Leaving Certificate Examination (including Day School Certificate (Higher) General paper), 1927
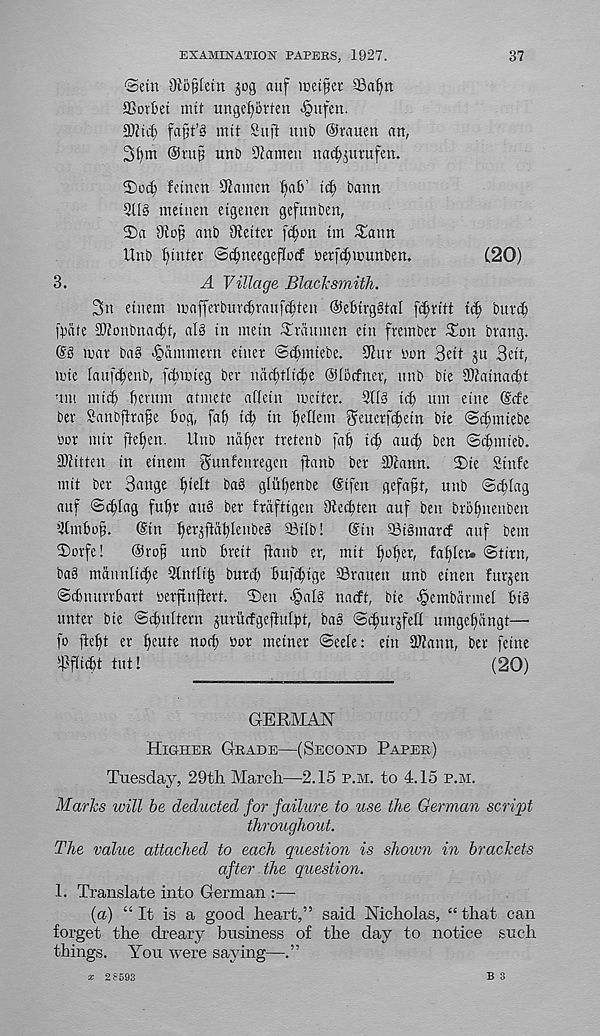
EXAMINATION PAPERS, 1927.
37
©etn OWjjtetn 309 auf icetfer
SSorBet nut ungcf)brten -§ufen.
SRtct; fa§t’3 mtt Suft mti) ©rnuen an,
©tup unb Seamen nad^utufen.
2Do(^ feincn Sftamcn
t(^ bann
511 § metnen etgenen gcfunben,
2)a
anb Oteiter fcfjon tm ^ann
Unb Winter ©^neegeflod betf^tcunben.
(20)
3.
A Village Blacksmith.
3n etnem waffetbur^raufcbten ©elnvggtal fc^ritt td; bttvd)
('pate 55onbnacf)t, al§ in mein ©vaumen ein frembet ^on btang.
(§S mat ba§ ^dmmern einet ©t^miebe. 9htt bon 3ett ju 3eit,
mie lauft^enb, [Amieg bet ndi§|i^e ©locfnet, unb bie SOiainadt
um mid) f)crum atmetc aflein mcitet. 5113 id) urn eine ©cfe
bet Sanbfitape bog, fab iib in b e Kem ^euctfi^ein bie ©(bmiebe
bot mit fteben. Unb nabet ttetenb fab i(b aud) ben ©cbmteb.
3)Ktten in einem ^unfenregen fhmb bet Slfann. ©ie Sinfe
mit bet 3ange tytli ba§ gliil)enbe @tfen gefapt, unb ©cblag
auf ©cblag fubt au§ bet ftdftigen Otecbten auf ben btobnenben
5tmbop.
©in b^PbknbeS Silb!
©in 93i3marcf auf bem
©orfe!
©rob unb bteit ftanb er, mit b°b er f fabler* ©tint,
ba3 mdunltcbe 5lntlib butd) bufcbtge SStauen unb einen furjen
©dnurrbatt betftnfiett. ©en >§al§ natft, bie -§embdtmel bi§
unter bie ©cbultern juturfgeftulpt, ba§ ©(burned umgebdngt—•
fo b^bl er ^u te
^ot meinet ©eele: ein 2!?ann, bet feme
iPflicbt tut!
(20)
GERMAN
Higher Grade—(Second Paper)
Tuesday, 29th March—2.15 p.m. to 4.15 p.m.
Marks will be deducted for failure to use the German script
throughout.
The value attached to each question is shown in brackets
after the question.
1. Translate into German :—
(a) “ It is a good heart,” said Nicholas, “ that can
forget the dreary business of the day to notice such
things. You were saying—.”
b s
x 2£593